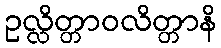
ဥလ္လိတ္တာဝလိတ္တာနိ